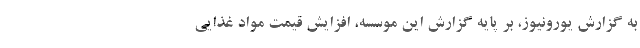
به گزارش یورونیوز، بر پایه گزارش این موسسه، افزایش قیمت مواد غذایی